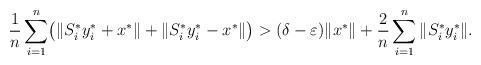
LaTeX: \begin{align*}\frac{1}{n}\sum_{i=1}^n \bigl(\|S_i^\ast y_i^\ast+x^\ast\|+\|S_i^\ast y_i^\ast-x^\ast\|\bigr)>(\delta-\varepsilon)\|x^\ast\|+\frac{2}{n}\sum_{i=1}^n\|S_i^\ast y_i^\ast\|.\end{align*}